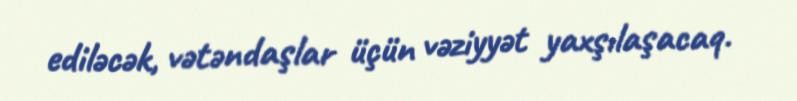
ediləcək, vətəndaşlar üçün vəziyyət yaxşılaşacaq.